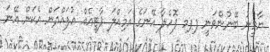
ޔާމީނު ބޭނުންވަނީ ޕޕމ ފޮހެލާ އޭނަގެ އަމިއްލަ ޕާޓީއެއް އުފައްދަން އެކަން އޭނަ